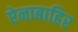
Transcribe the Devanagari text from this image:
ऐनाबाहिर